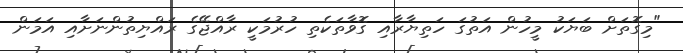
"މިގޮތަށް ބަޔަކު މީހުން އަތުގަ ހަތިޔާރާއި ގޮވާތަކެތި ހުރުމަކީ ރާއްޖޭގެ ރައްޔިތުންނަށާއި އަމަން